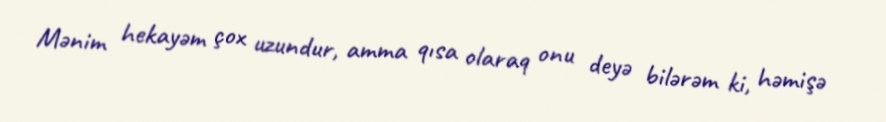
Mənim hekayəm çox uzundur, amma qısa olaraq onu deyə bilərəm ki, həmişə